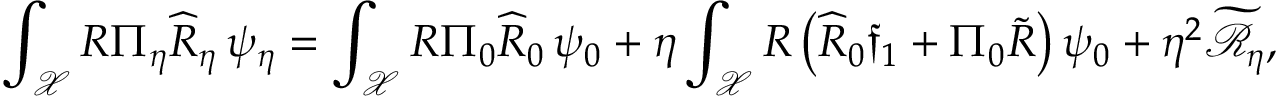
\int _ { \mathcal { X } } R \Pi _ { \eta } \widehat { R } _ { \eta } \, \psi _ { \eta } = \int _ { \mathcal { X } } R \Pi _ { 0 } \widehat { R } _ { 0 } \, \psi _ { 0 } + \eta \int _ { \mathcal { X } } R \left( \widehat { R } _ { 0 } \mathfrak { f } _ { 1 } + \Pi _ { 0 } \widetilde { R } \right) \psi _ { 0 } + \eta ^ { 2 } \widetilde { \mathcal { R } } _ { \eta } ,